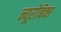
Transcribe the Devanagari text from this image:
न्यूरोबिक्स